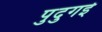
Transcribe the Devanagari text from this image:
पुदुगई